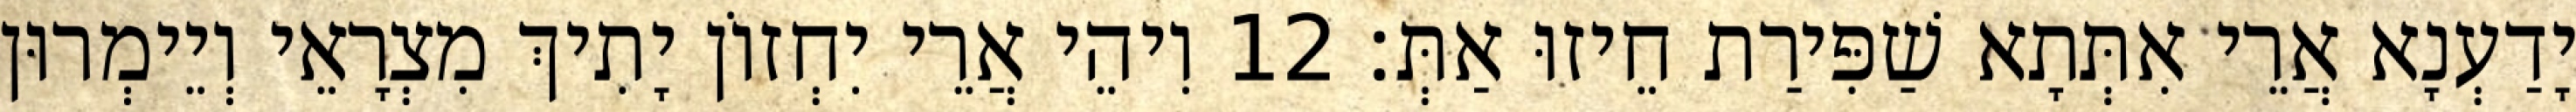
יָדַעְנָא אֲרֵי אִתְּתָא שַׁפִּירַת חֵיזוּ אַתְּ׃ 12 וִיהֵי אֲרֵי יִחְזוֹן יָתִיךְ מִצְרָאֵי וְיֵימְרוּן